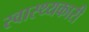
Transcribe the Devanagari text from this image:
स्वास्थ्यकारी